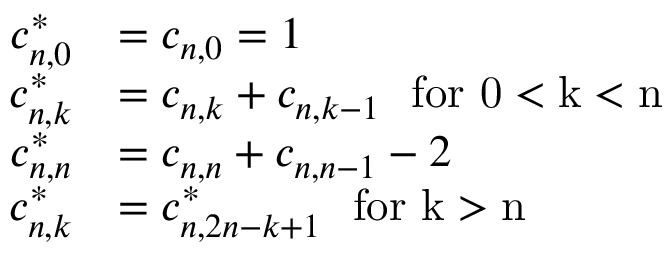
\begin{array} { r l } { c _ { n , 0 } ^ { * } } & { = c _ { n , 0 } = 1 } \\ { c _ { n , k } ^ { * } } & { = c _ { n , k } + c _ { n , k - 1 } \mathrm { ~ \ f o r ~ 0 < k < n ~ } } \\ { c _ { n , n } ^ { * } } & { = c _ { n , n } + c _ { n , n - 1 } - 2 } \\ { c _ { n , k } ^ { * } } & { = c _ { n , 2 n - k + 1 } ^ { * } \mathrm { ~ \ f o r ~ k > n ~ } } \end{array}